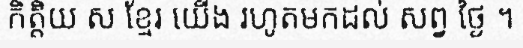
កិត្តិយ ស ខ្មែរ យើង រហូតមកដល់ សព្វ ថ្ងៃ ។